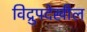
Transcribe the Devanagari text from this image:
विद्रुपदेखील